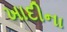
ખાદીના